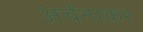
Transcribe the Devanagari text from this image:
अर्चनाकर